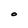
Character: O